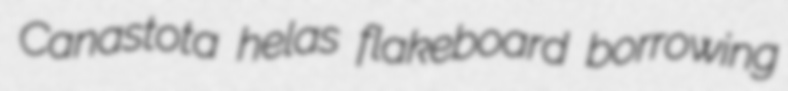
Canastota helas flakeboard borrowing